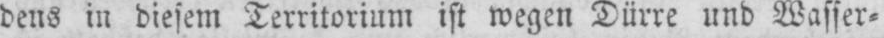
dens in diesem Territorium ist wegen Dürre und Wasser⸗